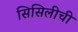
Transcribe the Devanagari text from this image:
सिसिलीची